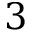
3